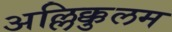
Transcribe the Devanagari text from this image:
अल्लिक्कुलम